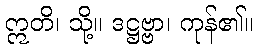
ဣတိ၊ သို့။ ဒဋ္ဌဗ္ဗာ၊ ကုန်၏။